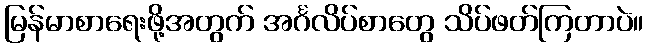
မြန်မာစာရေးဖို့အတွက် အင်္ဂလိပ်စာတွေ သိပ်ဖတ်ကြတာပဲ။